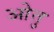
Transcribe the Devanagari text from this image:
ओतु